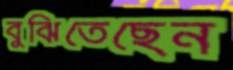
বুঝিতেছেন